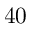
4 0